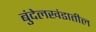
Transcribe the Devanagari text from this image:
बुंदेलखंडातील